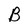
Character: B